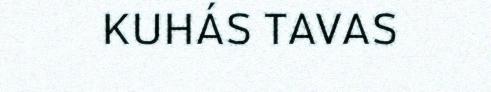
KUHÁS TAVAS